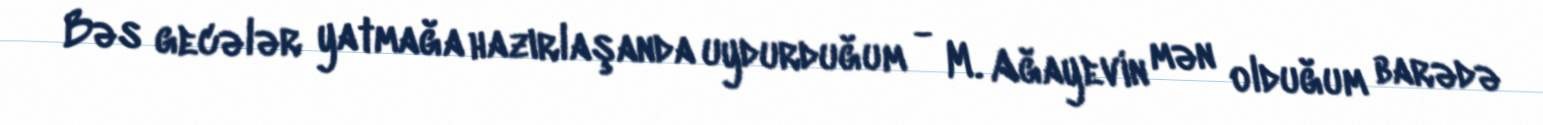
Bəs gecələr yatmağa hazırlaşanda uydurduğum - M. Ağayevin mən olduğum barədə